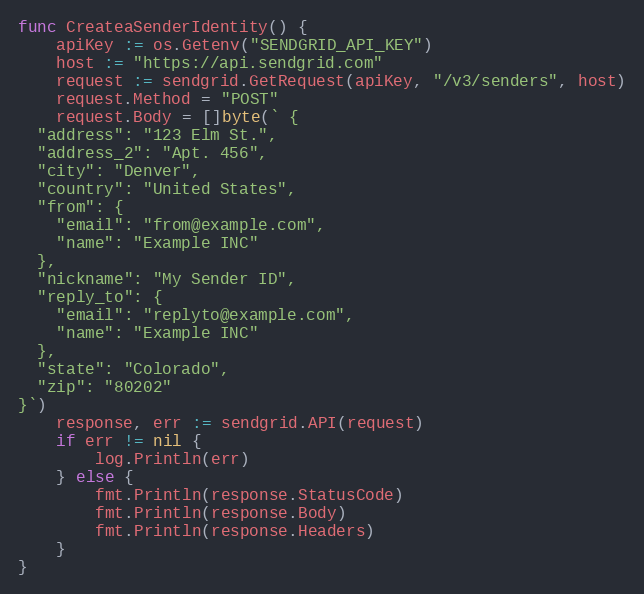
Language: Go
func CreateaSenderIdentity() {
	apiKey := os.Getenv("SENDGRID_API_KEY")
	host := "https://api.sendgrid.com"
	request := sendgrid.GetRequest(apiKey, "/v3/senders", host)
	request.Method = "POST"
	request.Body = []byte(` {
  "address": "123 Elm St.",
  "address_2": "Apt. 456",
  "city": "Denver",
  "country": "United States",
  "from": {
    "email": "from@example.com",
    "name": "Example INC"
  },
  "nickname": "My Sender ID",
  "reply_to": {
    "email": "replyto@example.com",
    "name": "Example INC"
  },
  "state": "Colorado",
  "zip": "80202"
}`)
	response, err := sendgrid.API(request)
	if err != nil {
		log.Println(err)
	} else {
		fmt.Println(response.StatusCode)
		fmt.Println(response.Body)
		fmt.Println(response.Headers)
	}
}